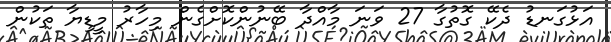
އަޅުގަނޑު ދެކޭ ގޮތުގާ 27 ވަނަ މާއްދާ ބޭނުންކޮށްގެން މިހާރު މީޑިޔާ ތަކުން